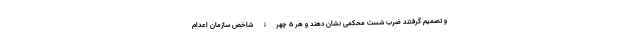
و تصمیم گرفتند ضرب شست محکمی نشان دهند و هر 5 چهرۀ شاخص سازمان اعدام